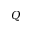
Q